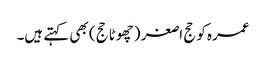
عمرہ کو حج اصغر (چھوٹا حج) بھی کہتے ہیں۔